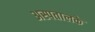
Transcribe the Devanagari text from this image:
अस्पतालके